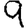
Digit: 9